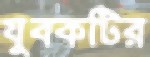
যুবকটির